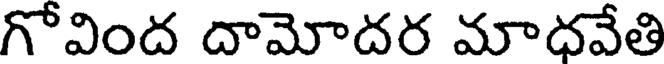
గోవింద దామోదర మాధవేతి